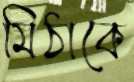
মিঠাকে